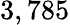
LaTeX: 3,785